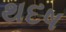
થદષ